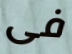
فى